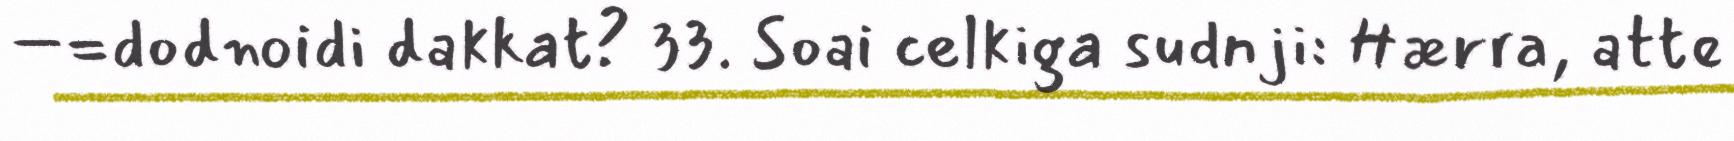
–=dodnoidi dakkat? 33. Soai celkiga sudnji: Hærra, atte